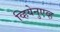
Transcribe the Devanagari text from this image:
व्हियेनुएव्ह